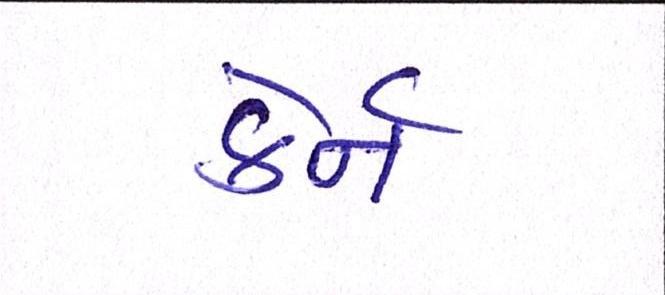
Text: કેર્ન